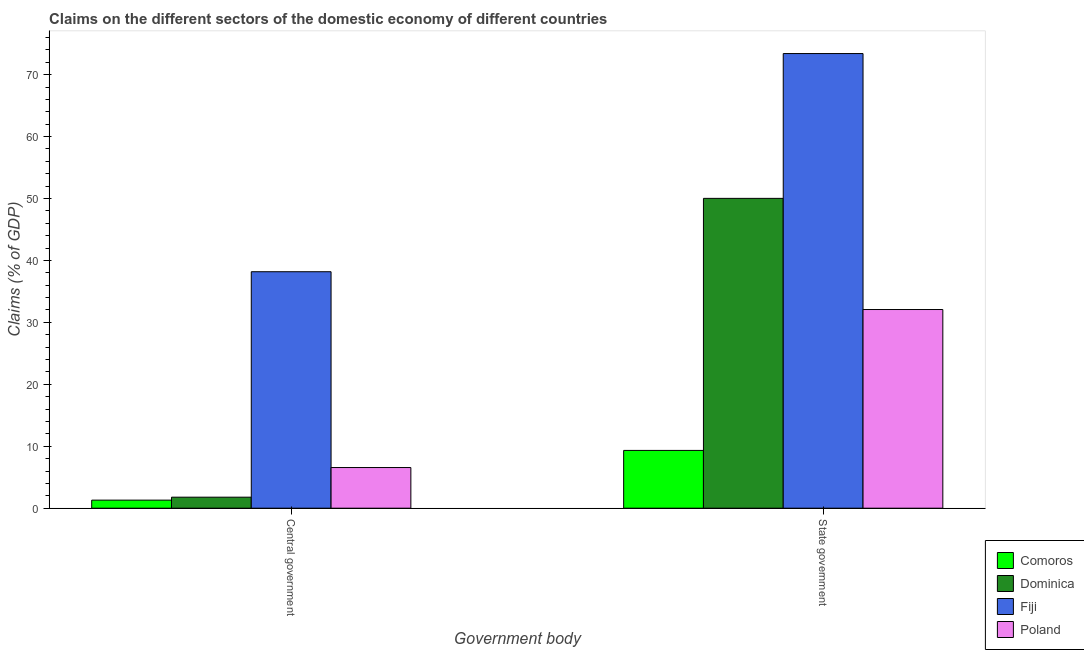
| Government body | Comoros | Dominica | Fiji | Poland |
 | --- | --- | --- | --- | --- |
 | Central government | 1.3 | 1.78 | 38.2 | 6.56 |
 | State government | 9.33 | 50 | 73.4 | 32.1 |